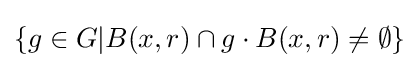
\{g\in G|B(x,r)\cap g\cdot B(x,r)\neq \emptyset \}